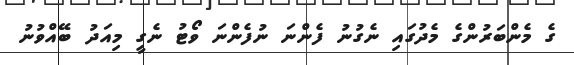
ގެ މެންބަރުންގެ މެދުގައި ނެގުނު ފެންނަ ނުފެންނަ ވޯޓު ނެގީ މިއަދު ބޭއްވުނު